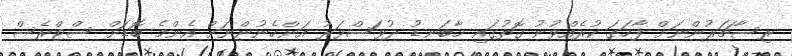
ރިސާޗަރުންނަށް ފާހަގަ ކުރެއްވުނު ގޮތުގައި މާބަނޑު ދުވަސްވަރު އަންހެނުންނަށް އެންމެ ބޮޑަށް ސްޓްރެސް